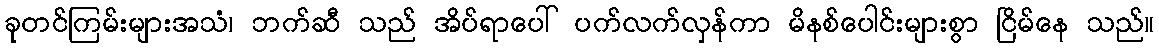
ခုတင်ကြမ်းများအသံ၊ ဘက်ဆီ သည် အိပ်ရာပေါ် ပက်လက်လှန်ကာ မိနစ်ပေါင်းများစွာ ငြိမ်နေ သည်။